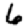
Digit: 6